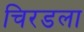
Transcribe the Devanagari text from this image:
चिरडला